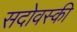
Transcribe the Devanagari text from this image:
सदोवस्की